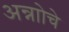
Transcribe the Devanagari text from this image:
अन्नाोचे